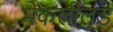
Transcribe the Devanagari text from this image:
मेकलील्ंड